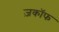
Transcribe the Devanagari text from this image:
ज़काॅफ